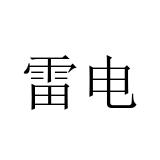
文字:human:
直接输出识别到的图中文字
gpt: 雷电